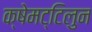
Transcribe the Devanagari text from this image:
क्षेमट्टिलुन